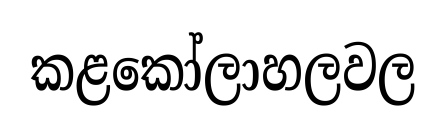
කළකෝලාහලවල